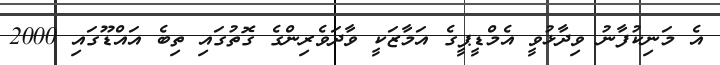
އެ މަނިކުފާނު ވިދާޅުވީ އެމްޑީޕީގެ އަމާޒަކީ ވާދަވެރިންގެ ގޮތުގައި ތިބެ އައްޑޫގައި 2000